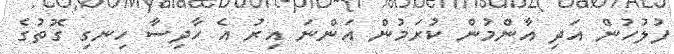
ފުލުހުން އަދި އާންމުން ކުރަމުން އަންނަ އިރު އެ ހާދިސާ ހިނގި ގޮތުގެ